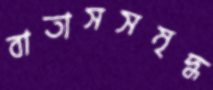
বাতাসসমৃদ্ধ